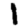
Digit: 1